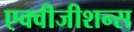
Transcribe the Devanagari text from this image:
एक्वीजीशन्स